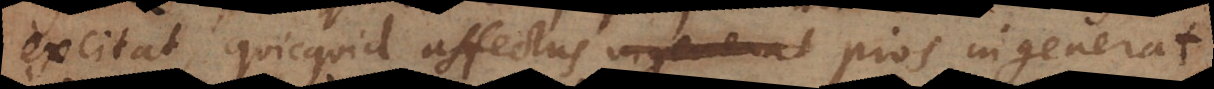
excitat, quicquid affectus ingenerat